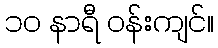
၁၀ နာရီ ဝန်းကျင်။